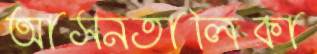
আসনতালিকা